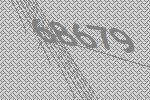
68679